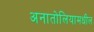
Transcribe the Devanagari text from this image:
अनातोलियामधील